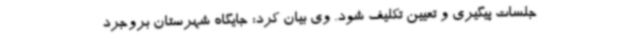
جلسات پیگیری و تعیین تکلیف شود. وی بیان کرد: جایگاه شهرستان بروجرد